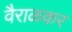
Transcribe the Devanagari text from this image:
वैराळकर